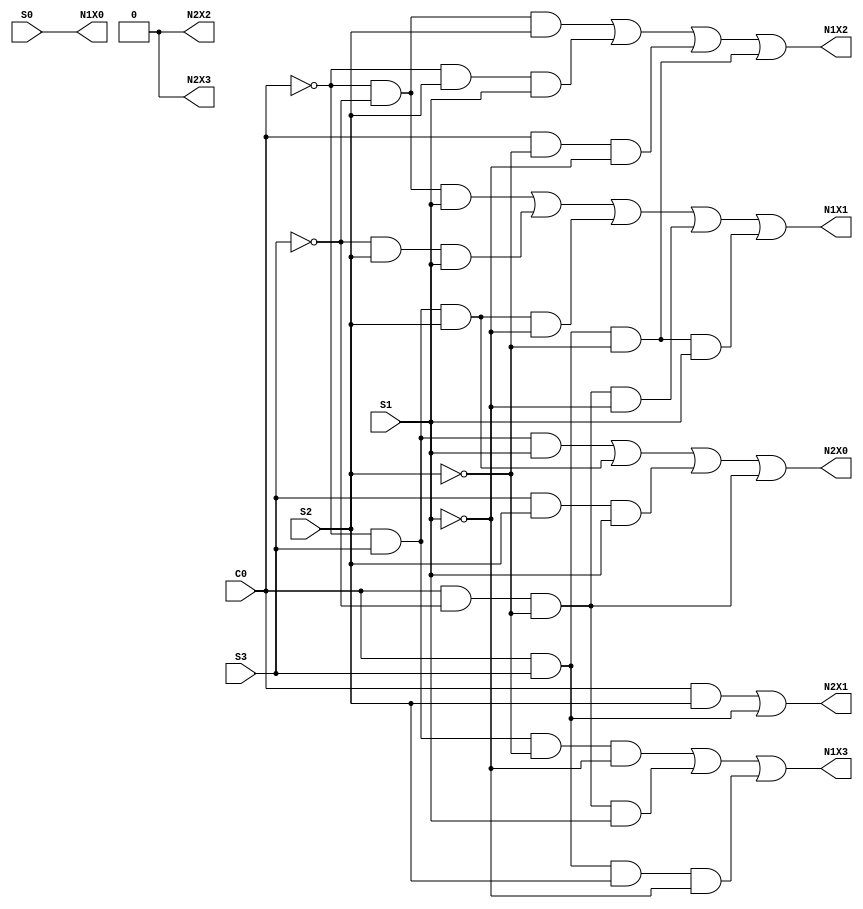
module bdc(C0, S3, S2, S1, S0, N2X3, N2X2, N2X1, N2X0, N1X3, N1X2, N1X1, N1X0);

	input C0, S3, S2, S1, S0;
	output N2X3, N2X2, N2X1, N2X0, N1X3, N1X2, N1X1, N1X0;
	
	assign N2X3 = 0;
	assign N2X2 = 0;
	assign N2X1 = (C0 & S2) | (C0 & S3);
	assign N2X0 = (~C0 & S3 & S1) | (~C0 & S3 & S2) | (S3 & S2 & S1) | (C0 & ~S3 & ~S2);
	assign N1X3 = (~C0 & S3 & ~S2 & ~S1) | (C0 & ~S3 & ~S2 & S1) | (C0 & S3 & S2 & ~S1);
	assign N1X2 = (~C0 & ~S3 & S2) | (~C0 & S2 & S1) | (C0 & ~S2 & ~S1) | (C0 & S3 & ~S2);
	assign N1X1 = (~C0 & ~S3 & S1) | (~S3 & S2 & S1) | (~C0 & S3 & S2 & ~S1) | (C0 & ~S3 & ~S2 & ~S1) | (C0 & S3 & ~S2 & S1);
	assign N1X0 = S0;
	
endmodule